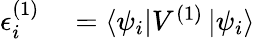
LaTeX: \begin{array}{rl}{\epsilon_{i}^{(1)}}&{{}=\left\langle\psi_{i}\right|V^{(1)}\left|\psi_{i}\right\rangle}\end{array}